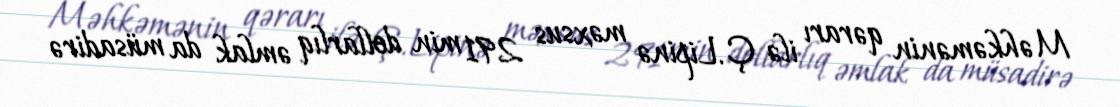
Məhkəmənin qərarı ilə Ç.Lipinə məxsus 291 min dollarlıq əmlak da müsadirə